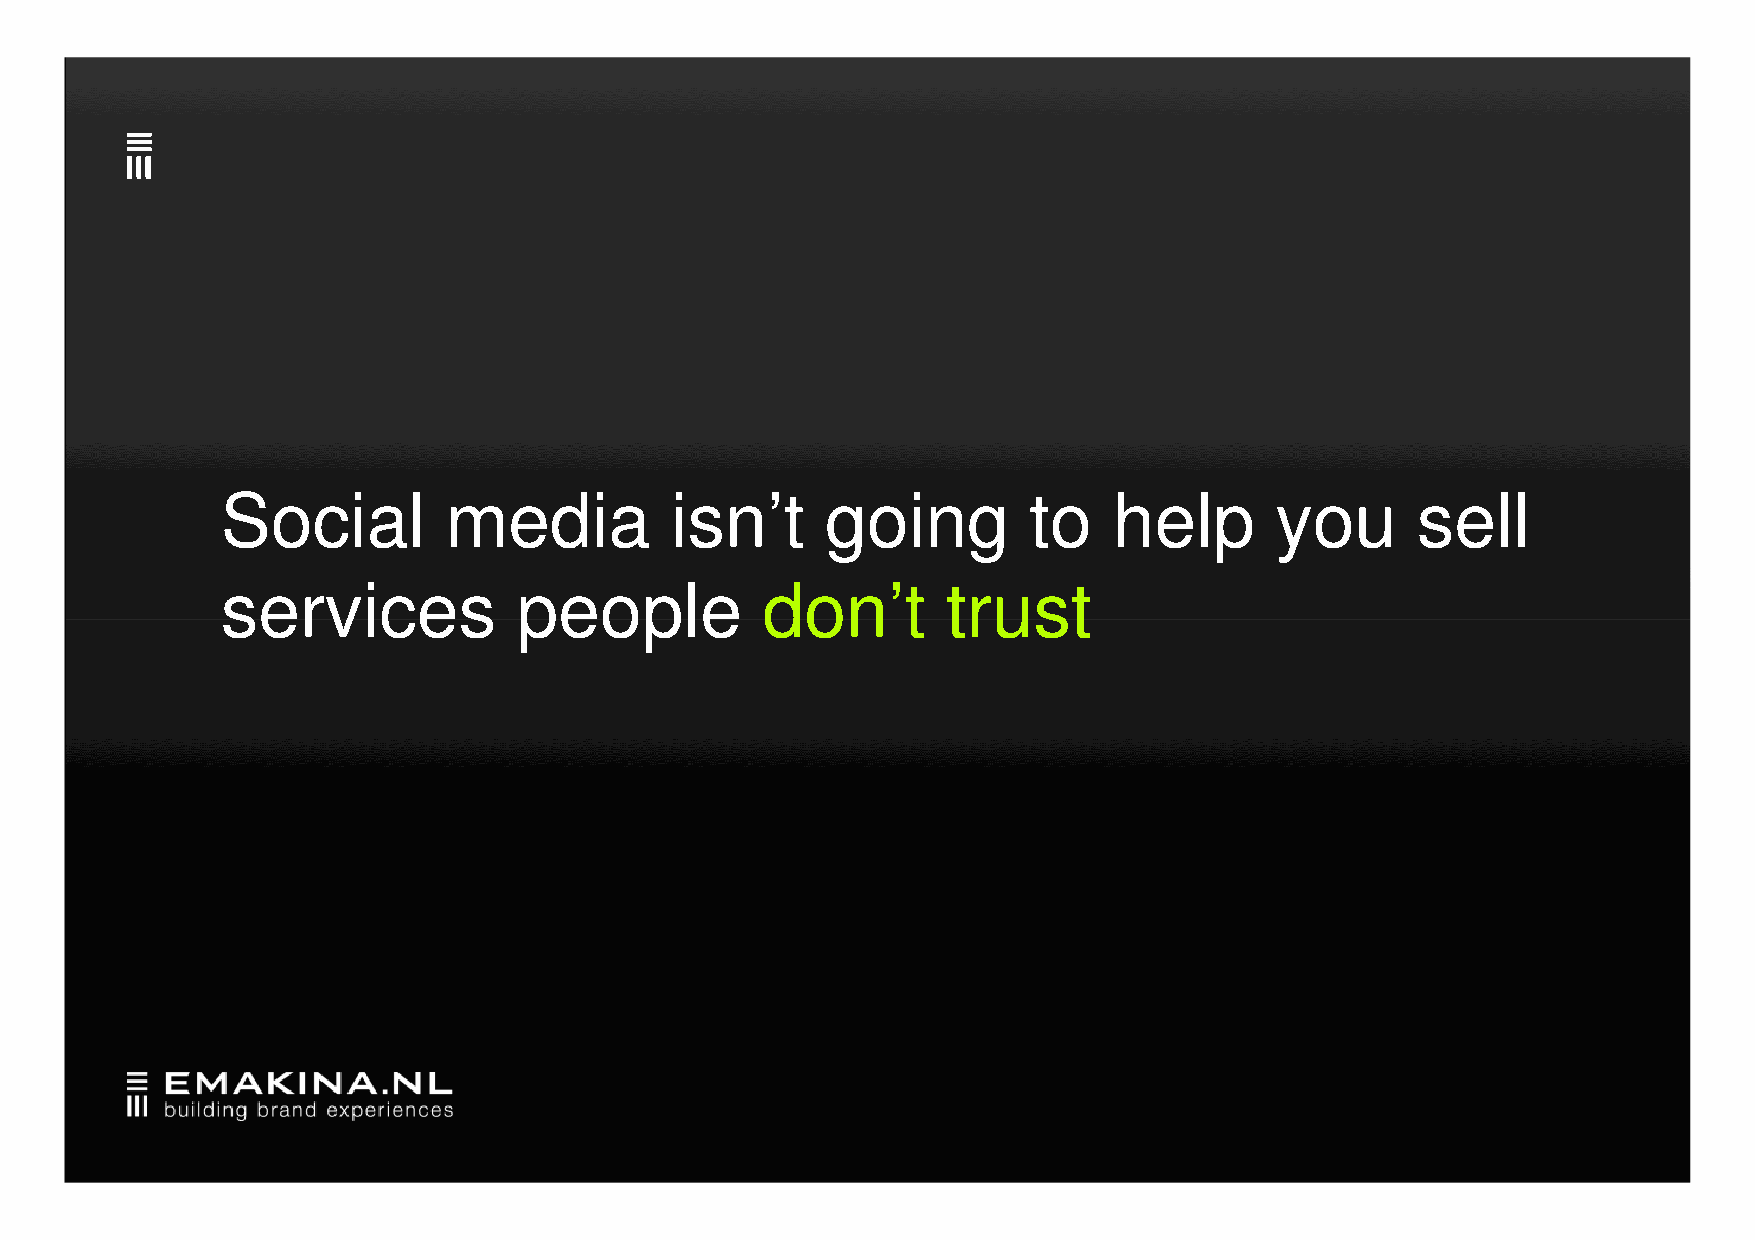
Social        media          isn’t      going        to    help      you       sell
 sseerrvviicceess   ppeeooppllee    ddoonn’’tt   ttrruusstt